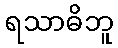
ရသာဓိဘူ